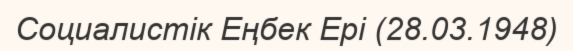
Социалистік Еңбек Ері (28.03.1948)